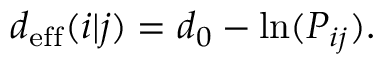
\begin{array} { r } { d _ { \mathrm { e f f } } ( i | j ) = d _ { 0 } - \ln ( P _ { i j } ) . } \end{array}